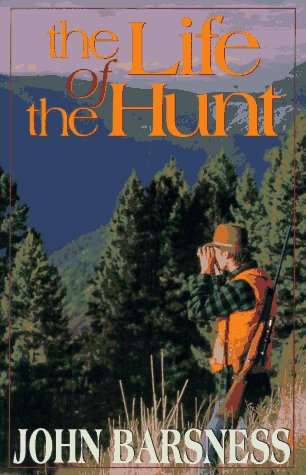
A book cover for The Life of the Hunt; John Barsness; Humor & Entertainment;